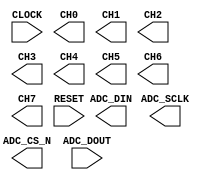

module joystick (
	CLOCK,
	ADC_SCLK,
	ADC_CS_N,
	ADC_DOUT,
	ADC_DIN,
	CH0,
	CH1,
	CH2,
	CH3,
	CH4,
	CH5,
	CH6,
	CH7,
	RESET);	

	input		CLOCK;
	output		ADC_SCLK;
	output		ADC_CS_N;
	input		ADC_DOUT;
	output		ADC_DIN;
	output	[11:0]	CH0;
	output	[11:0]	CH1;
	output	[11:0]	CH2;
	output	[11:0]	CH3;
	output	[11:0]	CH4;
	output	[11:0]	CH5;
	output	[11:0]	CH6;
	output	[11:0]	CH7;
	input		RESET;
endmodule